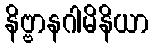
နိဗ္ဗာနဂါမိနိယာ